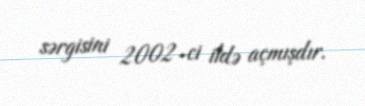
sərgisini 2002-ci ildə açmışdır.